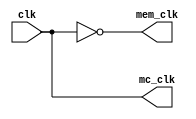
module clk_generator(clk,mc_clk,mem_clk);

	input clk;

	output mc_clk,mem_clk;

	reg mc_clk,mem_clk;

always@(*) begin
 mc_clk = clk;
 mem_clk = ~clk;
end

endmodule